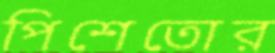
পিশেতোর